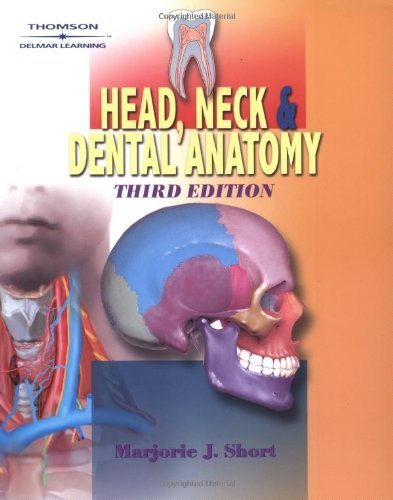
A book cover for Head, Neck and Dental Anatomy 3rd Edition by Short, Marjorie J. published by Delmar Cengage Learning Paperback; Medical Books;